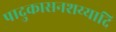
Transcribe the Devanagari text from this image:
पादुकासनशय्यादि